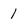
Character: 1